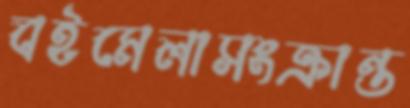
বইমেলাসংক্রান্ত